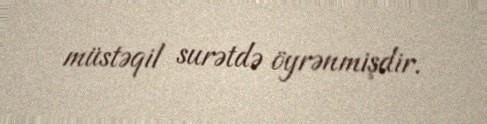
müstəqil surətdə öyrənmişdir.